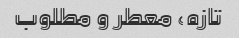
تازه، معطر و مطلوب